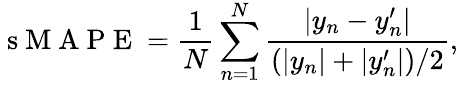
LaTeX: \mathrm{~s~M~A~P~E~}=\frac{1}{N}\sum_{n=1}^{N}\frac{|y_{n}-y_{n}^{\prime}|}{(|y_{n}|+|y_{n}^{\prime}|)/2},